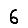
Digit: 6